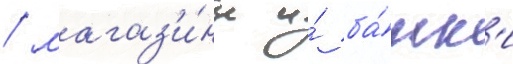
/ магаз'и́ны и́ ба́нк'и